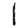
Digit: 1